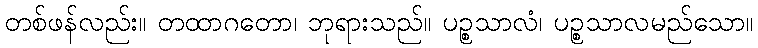
တစ်ဖန်လည်း။ တထာဂတော၊ ဘုရားသည်။ ပဉ္စသာလံ၊ ပဉ္စသာလမည်သော။